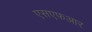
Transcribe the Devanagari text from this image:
एसएफआर